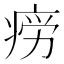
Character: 𭼎